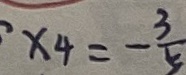
x _ { 4 } = - \frac { 3 } { 5 }